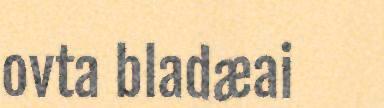
ovta bladæai